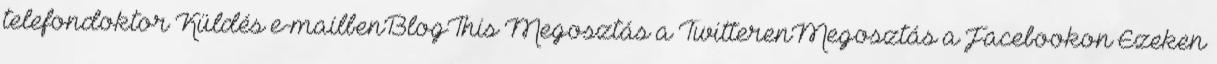
telefondoktor Küldés e-mailbenBlogThis Megosztás a TwitterenMegosztás a Facebookon Ezeken